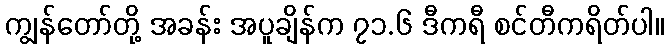
ကျွန်တော်တို့ အခန်း အပူချိန်က ၇၁.၆ ဒီကရီ စင်တီကရိတ်ပါ။